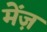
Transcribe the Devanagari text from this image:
मेंज़